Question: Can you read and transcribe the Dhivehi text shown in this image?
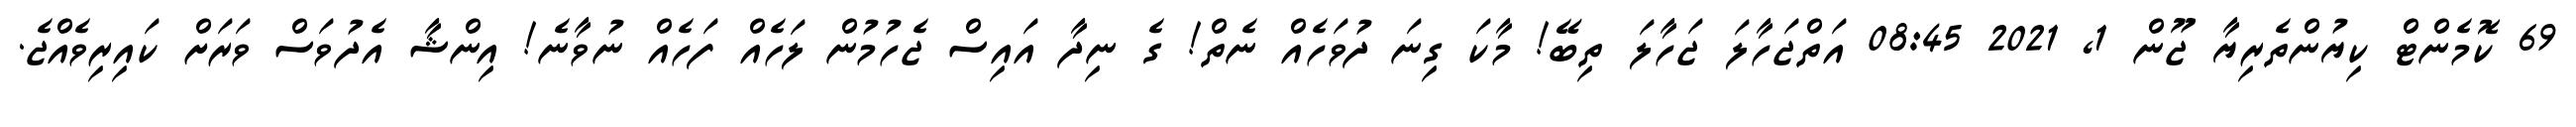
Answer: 69 ކޮމެންޓް ކިޔުންތެރިޔާ ޖޫން 1, 2021 08:45 އަތްޖަހާލަ ޖަހާލަ ތިބޭ! މާކަ ގިނަ ދުވަހެއް ނެތް! ގެ ނިދާ އައިސް ޖެހުމުން ލަހެއް ފަހެއް ނުވާނެ! އިންޝާ އެދުވަސް ވަރަށް ކައިރިވެއްޖެ.